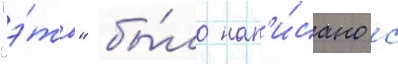
"э́то" бы́ло нап'и́сано с